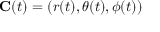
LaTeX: \mathbf { C } ( t ) = ( r ( t ) , \theta ( t ) , \phi ( t ) )